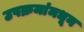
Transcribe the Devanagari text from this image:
उपक्रमांमधून